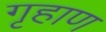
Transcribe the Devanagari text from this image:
गृहाण